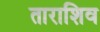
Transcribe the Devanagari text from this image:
ताराशिव